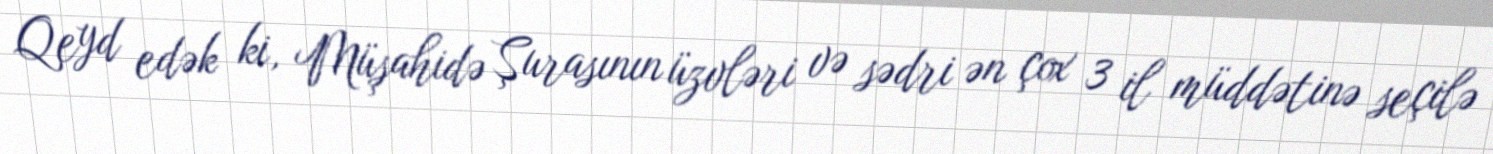
Qeyd edək ki, Müşahidə Şurasının üzvləri və sədri ən çox 3 il müddətinə seçilə